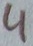
Text: 4